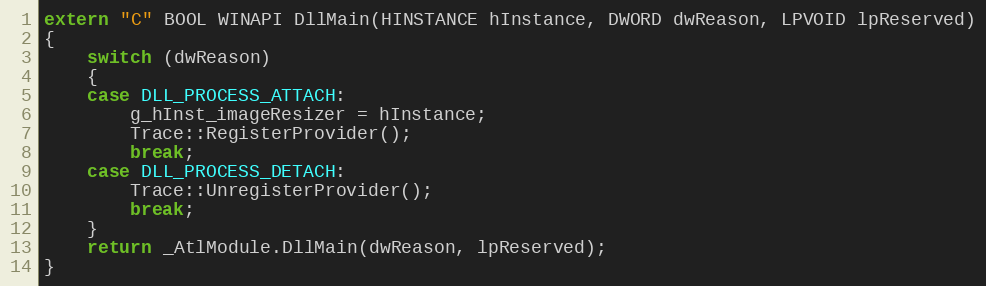
Language: C++
extern "C" BOOL WINAPI DllMain(HINSTANCE hInstance, DWORD dwReason, LPVOID lpReserved)
{
    switch (dwReason)
    {
    case DLL_PROCESS_ATTACH:
        g_hInst_imageResizer = hInstance;
        Trace::RegisterProvider();
        break;
    case DLL_PROCESS_DETACH:
        Trace::UnregisterProvider();
        break;
    }
    return _AtlModule.DllMain(dwReason, lpReserved);
}